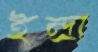
ইন্দ্রা